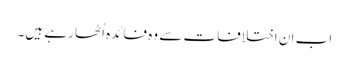
اب ان اختلافات سے وہ فائدہ اُٹھا رہے ہیں۔